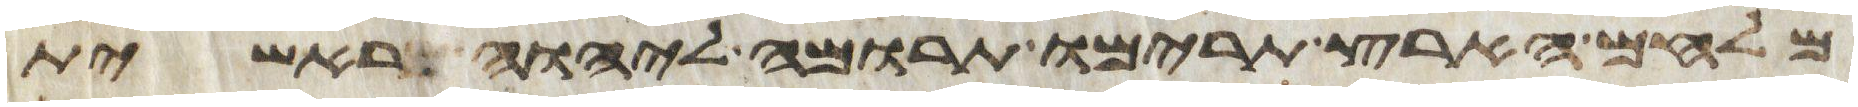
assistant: מלחם הארץ תרימו תרומה ליהוה ראשית